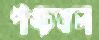
পঙ্চতল